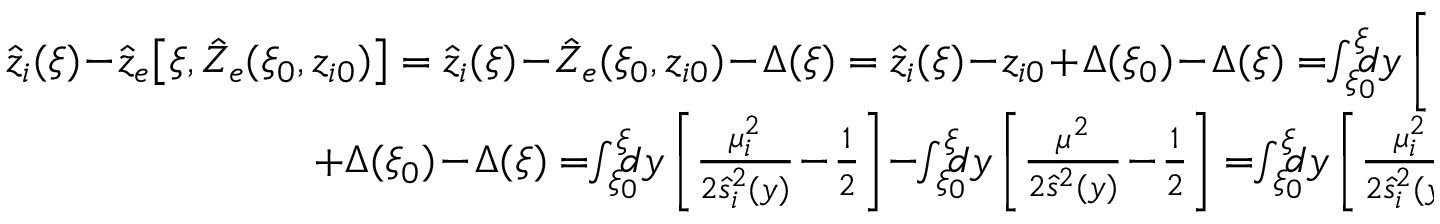
\begin{array} { r } { \hat { z } _ { i } ( \xi ) \! - \! \hat { z } _ { e } \! \left[ \xi , \hat { Z } _ { e } ( \xi _ { 0 } , z _ { i 0 } ) \right] = \hat { z } _ { i } ( \xi ) \! - \! \hat { Z } _ { e } ( \xi _ { 0 } , z _ { i 0 } ) \! - \! \Delta ( \xi ) = \hat { z } _ { i } ( \xi ) \! - \! z _ { i 0 } \! + \! \Delta ( \xi _ { 0 } ) \! - \! \Delta ( \xi ) = \! \! \int _ { \xi _ { 0 } } ^ { \xi } \! \! \! \! d y \left[ \frac { \mu ^ { 2 } } { 2 \hat { s } _ { i } ^ { 2 } ( y ) } \! - \! \frac 1 2 \right] } \\ { + \Delta ( \xi _ { 0 } ) \! - \! \Delta ( \xi ) = \! \! \int _ { \xi _ { 0 } } ^ { \xi } \! \! \! \! d y \left[ \frac { \mu _ { i } ^ { 2 } } { 2 \hat { s } _ { i } ^ { 2 } ( y ) } \! - \! \frac 1 2 \right] \! - \! \! \int _ { \xi _ { 0 } } ^ { \xi } \! \! \! \! d y \left[ \frac { \mu ^ { 2 } } { 2 \hat { s } ^ { 2 } ( y ) } \! - \! \frac 1 2 \right] = \! \! \int _ { \xi _ { 0 } } ^ { \xi } \! \! \! \! d y \left[ \frac { \mu _ { i } ^ { 2 } } { 2 \hat { s } _ { i } ^ { 2 } ( y ) } \! - \! \frac { \mu ^ { 2 } } { 2 s ^ { 2 } ( y ) } \right] } \end{array}